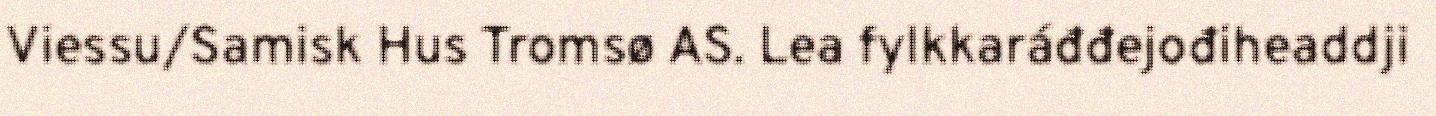
Viessu/Samisk Hus Tromsø AS. Lea fylkkaráđđejođiheaddji